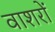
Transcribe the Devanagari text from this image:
वाशरों